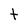
Character: t